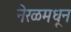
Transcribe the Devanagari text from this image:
नेरळमधून